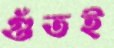
গুঁতই